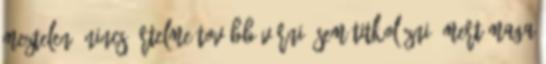
meztelen. Nincs értelme tovább várni, sem titkolózni, mert maga